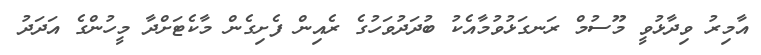
އާމިރު ވިދާޅުވީ މޫސުމް ރަނގަޅުވުމާއެކު ބުދަދުވަހުގެ ރެއިން ފެށިގެން މާކެޓަށްދާ މީހުންގެ އަދަދު